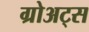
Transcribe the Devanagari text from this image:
ग्रोअट्स